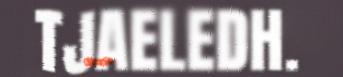
TJAELEDH.